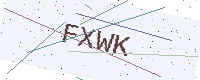
Text: FXWK